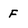
Character: f